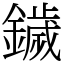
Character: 鐬